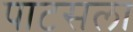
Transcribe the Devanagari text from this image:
पाटसला